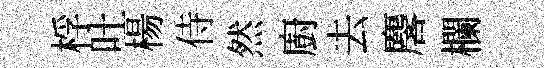
桴吐楊侍然廚去麐欄